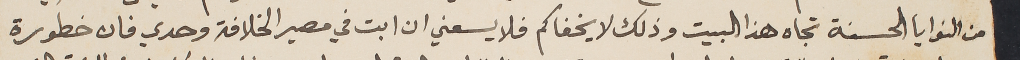
من النوايا الحسنة تجاه هذا البيت وذلك لا يخفاكم فلا يسعني ان ابت في مصير الخلافة وحدي فان خطورة